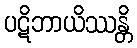
ပဋိဘာယိဿန္တိ